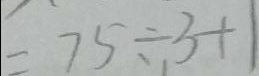
= 7 5 \div . 3 + 1